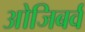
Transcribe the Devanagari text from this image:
ओजिबर्व